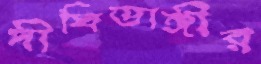
দীঘিডাঙ্গীর